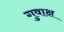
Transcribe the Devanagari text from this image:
गुवाक्ष